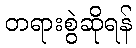
တရားစွဲဆိုရန်